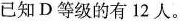
已知D等级的有12人。